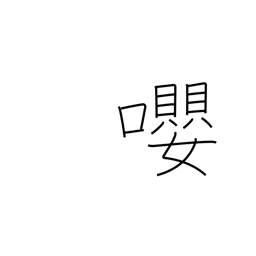
Meaning: birds singing together